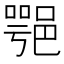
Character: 𨜝